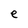
Character: e